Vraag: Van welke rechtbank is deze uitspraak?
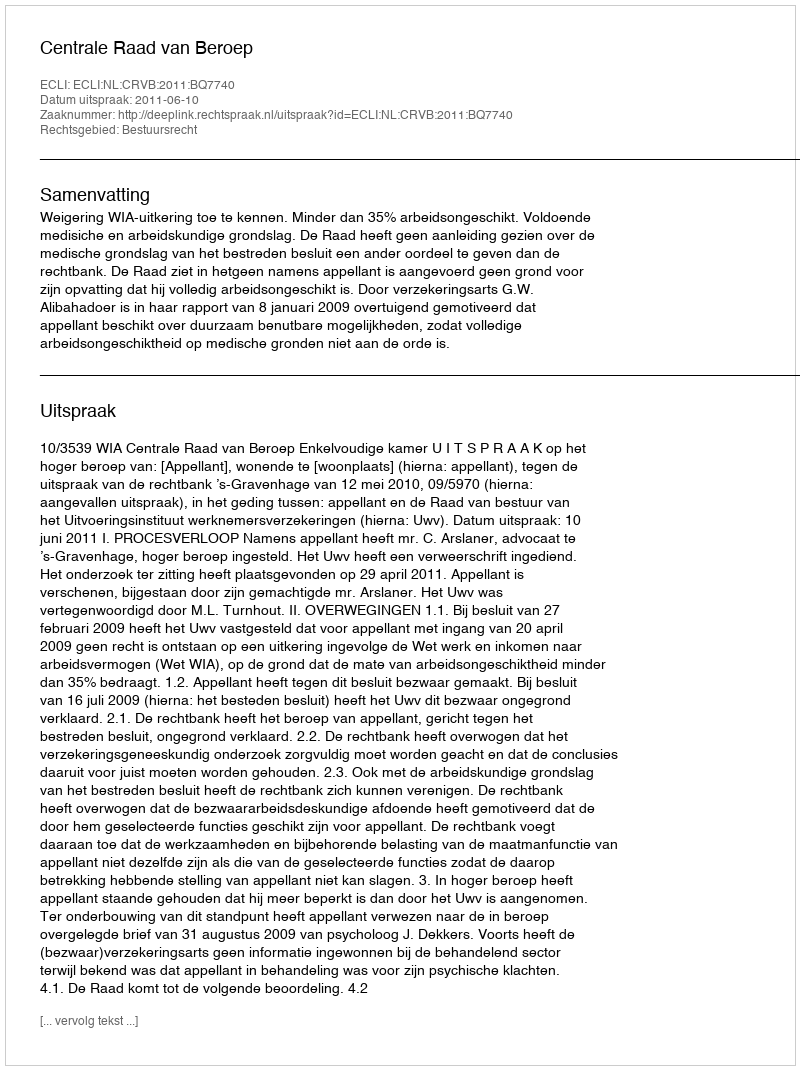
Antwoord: Centrale Raad van Beroep